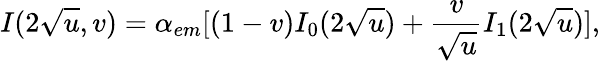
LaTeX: I(2\sqrt{u},v)=\alpha_{em}[(1-v)I_{0}(2\sqrt{u})+{\frac{v}{\sqrt{u}}}I_{1}(2\sqrt{u})],